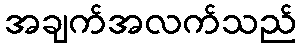
အချက်အလက်သည်